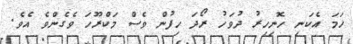
ހަމަ އެކަނި ހޮނިހިރު ދުވަހު ރޯދަ ހިފުން ވެސް މަކްރޫހަ ވެގެންވެ އެވެ.